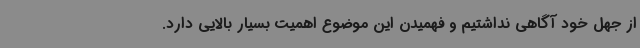
از جهل خود آگاهی نداشتیم و فهمیدن این موضوع اهمیت بسیار بالایی دارد.